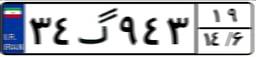
۰۴گ۳۴۹۸۱